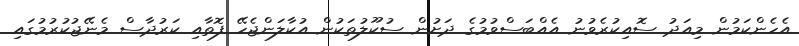
އެހެންކަމުން މިއަދު ސޮއިކުރެވުނު އެއްބަސްވުމުގެ ދަށުން ސުކޫލުތަކުން އުކާލަންޖެހޭ ފޮތާއި ކަރުދާސް މެނޭޖުކުރުމުގައި